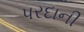
પરદાની